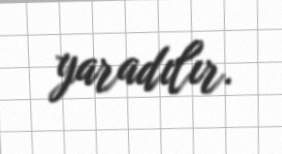
yaradılır.